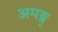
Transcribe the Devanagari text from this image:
अमङ्ग्